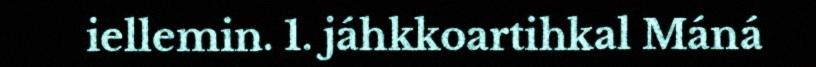
iellemin. 1. jáhkkoartihkal Máná